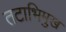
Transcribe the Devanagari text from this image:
तटाभिमुख